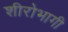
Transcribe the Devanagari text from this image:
शीरोभागी